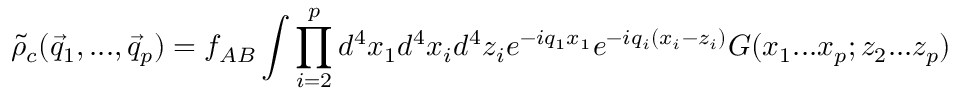
{ \tilde { \rho } } _ { c } ( { \vec { q } } _ { 1 } , . . . , { \vec { q } } _ { p } ) = f _ { A B } \int \prod _ { i = 2 } ^ { p } d ^ { 4 } x _ { 1 } d ^ { 4 } x _ { i } d ^ { 4 } z _ { i } e ^ { - i q _ { 1 } x _ { 1 } } e ^ { - i q _ { i } ( x _ { i } - z _ { i } ) } G ( x _ { 1 } . . . x _ { p } ; z _ { 2 } . . . z _ { p } )